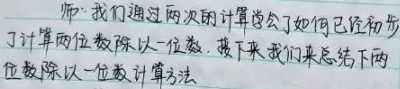
师：我们通过两次的计算道会了如何已初步
了计算两位数除以一位数，接下来我们来总结下两
位数除以一位数计算方法